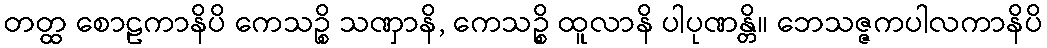
တတ္ထ စောဠကာနိပိ ကေသဉ္စိ သဏှာနိ, ကေသဉ္စိ ထူလာနိ ပါပုဏန္တိ။ ဘေသဇ္ဇကပါလကာနိပိ